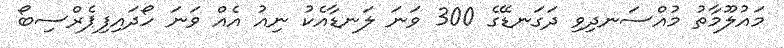
މައުލޫމާތު މުއްސަނދިވި ދަގަނޑޭގެ 300 ވަނަ ލަނޑާއެކު ނިއު އެއް ވަނަ ހޯދައިފިޕެރްސިބޯ